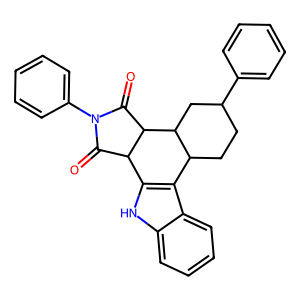
SMILES: O=C1C2c3[nH]c4ccccc4c3C3CCC(c4ccccc4)CC3C2C(=O)N1c1ccccc1
Inhibits HIV replication: No